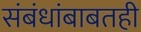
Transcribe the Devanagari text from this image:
संबंधांबाबतही